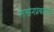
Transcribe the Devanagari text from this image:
लेखनप्रकाराचे